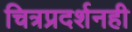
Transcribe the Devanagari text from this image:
चित्रप्रदर्शनही